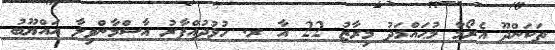
ތަކަންދޫ އެރޯމާ މުޙައްމަދު މިރާޒު 22 އާ ރ. ހުޅުދުއްފާރު އާސްމާންވިލާ އައްޔޫބު